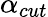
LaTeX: \alpha_{cut}